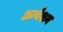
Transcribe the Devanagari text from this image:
अन्वेशन